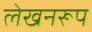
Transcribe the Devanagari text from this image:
लेखनरूप